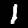
Label: 1